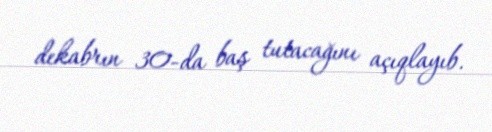
dekabrın 30-da baş tutacağını açıqlayıb.